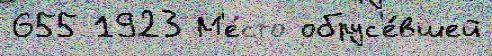
655 1923 М'е́сто обрус'е́вшей